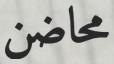
محاضن